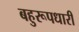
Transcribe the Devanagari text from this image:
बहुरूपधारी